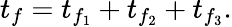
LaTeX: t_{f}=t_{f_{1}}+t_{f_{2}}+t_{f_{3}}.